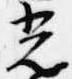
光